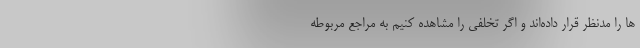
ها را مدنظر قرار داده‌اند و اگر تخلفی را مشاهده کنیم به مراجع مربوطه